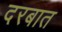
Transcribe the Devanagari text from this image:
दरबात